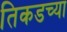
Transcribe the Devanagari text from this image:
तिकडच्या